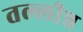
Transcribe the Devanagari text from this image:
तल्लीन्न